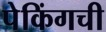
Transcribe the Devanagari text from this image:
पेकिंगची